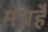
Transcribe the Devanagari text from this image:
मंत्रहै